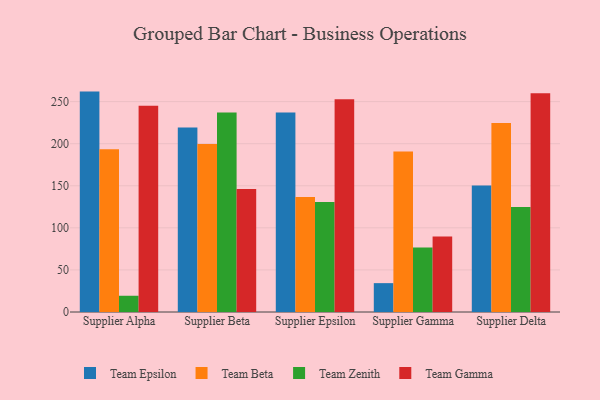
{"axis": {"x": "Supplier", "y": "Budget (USD K)"}, "legend": ["Team Beta", "Team Epsilon", "Team Gamma", "Team Zenith"], "data": [{"x": "Supplier Alpha", "y": 261.9, "type": "Team Epsilon"}, {"x": "Supplier Alpha", "y": 193.4, "type": "Team Beta"}, {"x": "Supplier Alpha", "y": 19.3, "type": "Team Zenith"}, {"x": "Supplier Alpha", "y": 245.1, "type": "Team Gamma"}, {"x": "Supplier Beta", "y": 219.3, "type": "Team Epsilon"}, {"x": "Supplier Beta", "y": 199.5, "type": "Team Beta"}, {"x": "Supplier Beta", "y": 237.2, "type": "Team Zenith"}, {"x": "Supplier Beta", "y": 146.2, "type": "Team Gamma"}, {"x": "Supplier Epsilon", "y": 237.0, "type": "Team Epsilon"}, {"x": "Supplier Epsilon", "y": 136.8, "type": "Team Beta"}, {"x": "Supplier Epsilon", "y": 130.6, "type": "Team Zenith"}, {"x": "Supplier Epsilon", "y": 252.9, "type": "Team Gamma"}, {"x": "Supplier Gamma", "y": 34.3, "type": "Team Epsilon"}, {"x": "Supplier Gamma", "y": 190.6, "type": "Team Beta"}, {"x": "Supplier Gamma", "y": 76.7, "type": "Team Zenith"}, {"x": "Supplier Gamma", "y": 89.8, "type": "Team Gamma"}, {"x": "Supplier Delta", "y": 150.2, "type": "Team Epsilon"}, {"x": "Supplier Delta", "y": 224.7, "type": "Team Beta"}, {"x": "Supplier Delta", "y": 124.9, "type": "Team Zenith"}, {"x": "Supplier Delta", "y": 259.8, "type": "Team Gamma"}]}